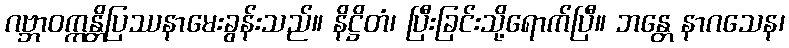
ဂဗ္ဘာဝက္ကန္တိပြဿနာမေးခွန်းသည်။ နိဋ္ဌိတံ၊ ပြီးခြင်းသို့ရောက်ပြီ။ ဘန္တေ နာဂသေန၊